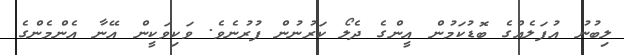
ލިބުނު އުފަލެއްގެ ބޮޑުކަމުން އީންގެ ދެލޯ ކަރުނުން ފުރުނެވެ. ވަކިވަކީން އޭނާ އެންމެންގެ